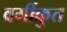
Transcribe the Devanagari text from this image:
वर्गीक्रुत